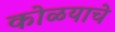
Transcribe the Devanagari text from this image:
कोळयाचे